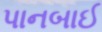
પાનબાઈ